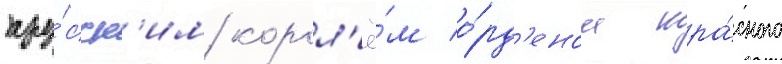
пру́сск'им корол'ё́м о́рд'еном кра́сного